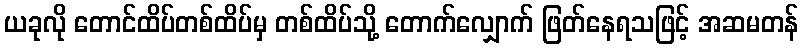
ယခုလို တောင်ထိပ်တစ်ထိပ်မှ တစ်ထိပ်သို့ တောက်လျှောက် ဖြတ်နေရသဖြင့် အဆမတန်